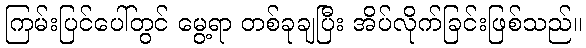
ကြမ်းပြင်ပေါ်တွင် မွေ့ရာ တစ်ခုချပြီး အိပ်လိုက်ခြင်းဖြစ်သည်။